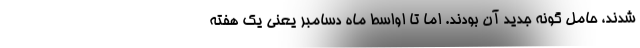
‌شدند، حامل گونه جدید آن بودند. اما تا اواسط ماه دسامبر یعنی یک هفته